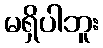
မရှိပါဘူး